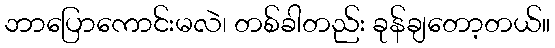
ဘာပြောကောင်းမလဲ၊ တစ်ခါတည်း ခုန်ချတော့တယ်။